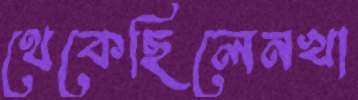
থেকেছিলেনখা